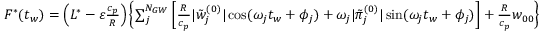
\begin{array} { r } { F ^ { * } ( t _ { w } ) = \left( L ^ { * } - { \varepsilon } \frac { c _ { p } } { R } \right) \left\{ \sum _ { j } ^ { N _ { G W } } \left[ \frac { R } { c _ { p } } | \tilde { w } _ { j } ^ { ( 0 ) } | \cos ( \omega _ { j } t _ { w } + \phi _ { j } ) + \omega _ { j } | \tilde { \pi } _ { j } ^ { ( 0 ) } | \sin ( \omega _ { j } t _ { w } + \phi _ { j } ) \right] + \frac { R } { c _ { p } } w _ { 0 0 } \right\} } \end{array}